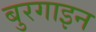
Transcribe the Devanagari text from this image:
बुरगाइन